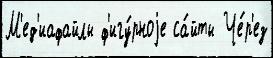
М'ед'иафайлы ф'игу́рноjе са́йты Че́р'ез